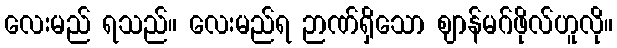
လေးမည် ရသည်။ လေးမည်ရ ဉာဏ်ရှိသော ဈာန်မဂ်ဖိုလ်ဟူလို။